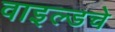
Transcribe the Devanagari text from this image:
वाइल्डचे